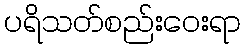
ပရိသတ်စည်းဝေးရာ